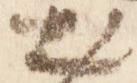
出